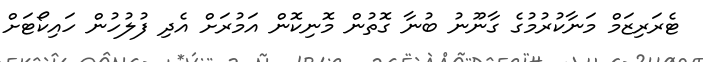
ޓެރަރިޒަމް މަނާކުރުމުގެ ގާނޫނު ބުނާ ގޮތުން މޮނިކޮން އަމުރަށް އެދި ފުލުހުން ހައިކޯޓަށް